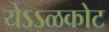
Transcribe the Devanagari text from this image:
येऽऽळकोट